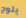
يلوح